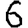
Digit: 6